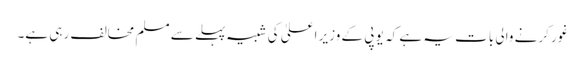
غور کرنے والی بات یہ ہے کہ یو پی کے وزیر اعلیٰ کی شبیہ پہلے سے مسلم مخالف رہی ہے۔